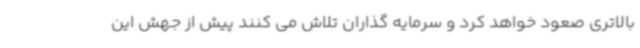
بالاتری صعود خواهد کرد و سرمایه گذاران تلاش می کنند پیش از جهش این